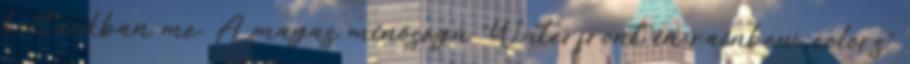
boltunkban me. A magas minőségű "Waterfront in rainbow colors"